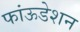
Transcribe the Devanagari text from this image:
फांऊडेशन